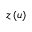
z \left( u \right)